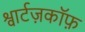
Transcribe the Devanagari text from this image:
श्वार्टज़कॉफ़